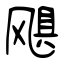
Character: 飓